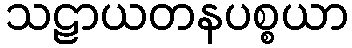
သဠာယတနပစ္စယာ